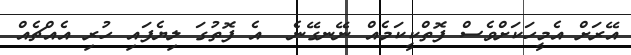
އޭރަށް އެމީހަކަށްވެސް ފޮތްކީކަމެއް ނޭނގޭނެ  އެ ފޮތުގަ ލިޔެފައި ހުރި އެއްޗެއް